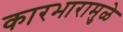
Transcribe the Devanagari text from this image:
कारभारामुळे